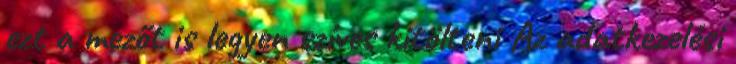
ezt a mezőt is legyen szíves kitölteni Az adatkezelési